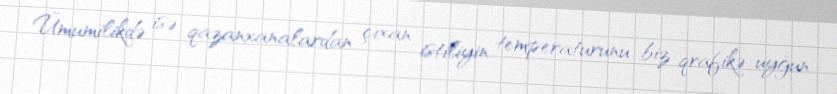
Ümumilikdə isə qazanxanalardan çıxan istiliyin temperaturunu biz qrafikə uyğun